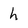
Character: h